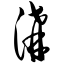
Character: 沟